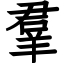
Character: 羣